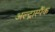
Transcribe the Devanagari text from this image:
अल्ट्रास्पैंक